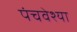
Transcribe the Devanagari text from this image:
पंचवेश्या